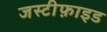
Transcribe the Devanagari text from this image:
जस्टीफ़ाइड